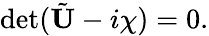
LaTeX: \begin{array}{r}{\operatorname*{det}(\tilde{\mathbf{U}}-i\chi)=0.}\end{array}